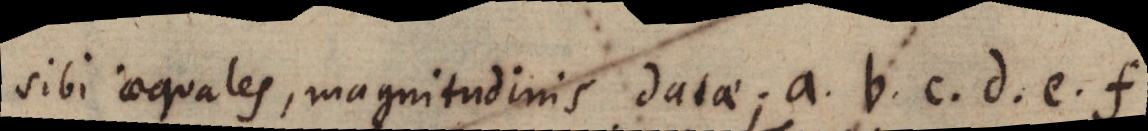
sibi aequales, magnitudinis datae; a, b, c, d, e, f